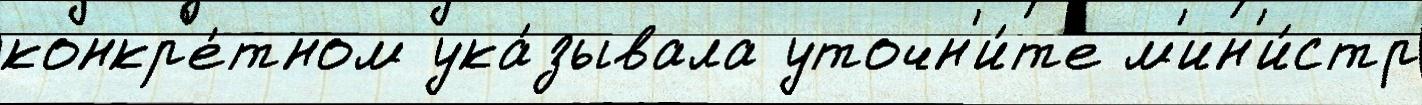
конкр'е́тном ука́зывала уточн'и́т'е м'ин'и́стр